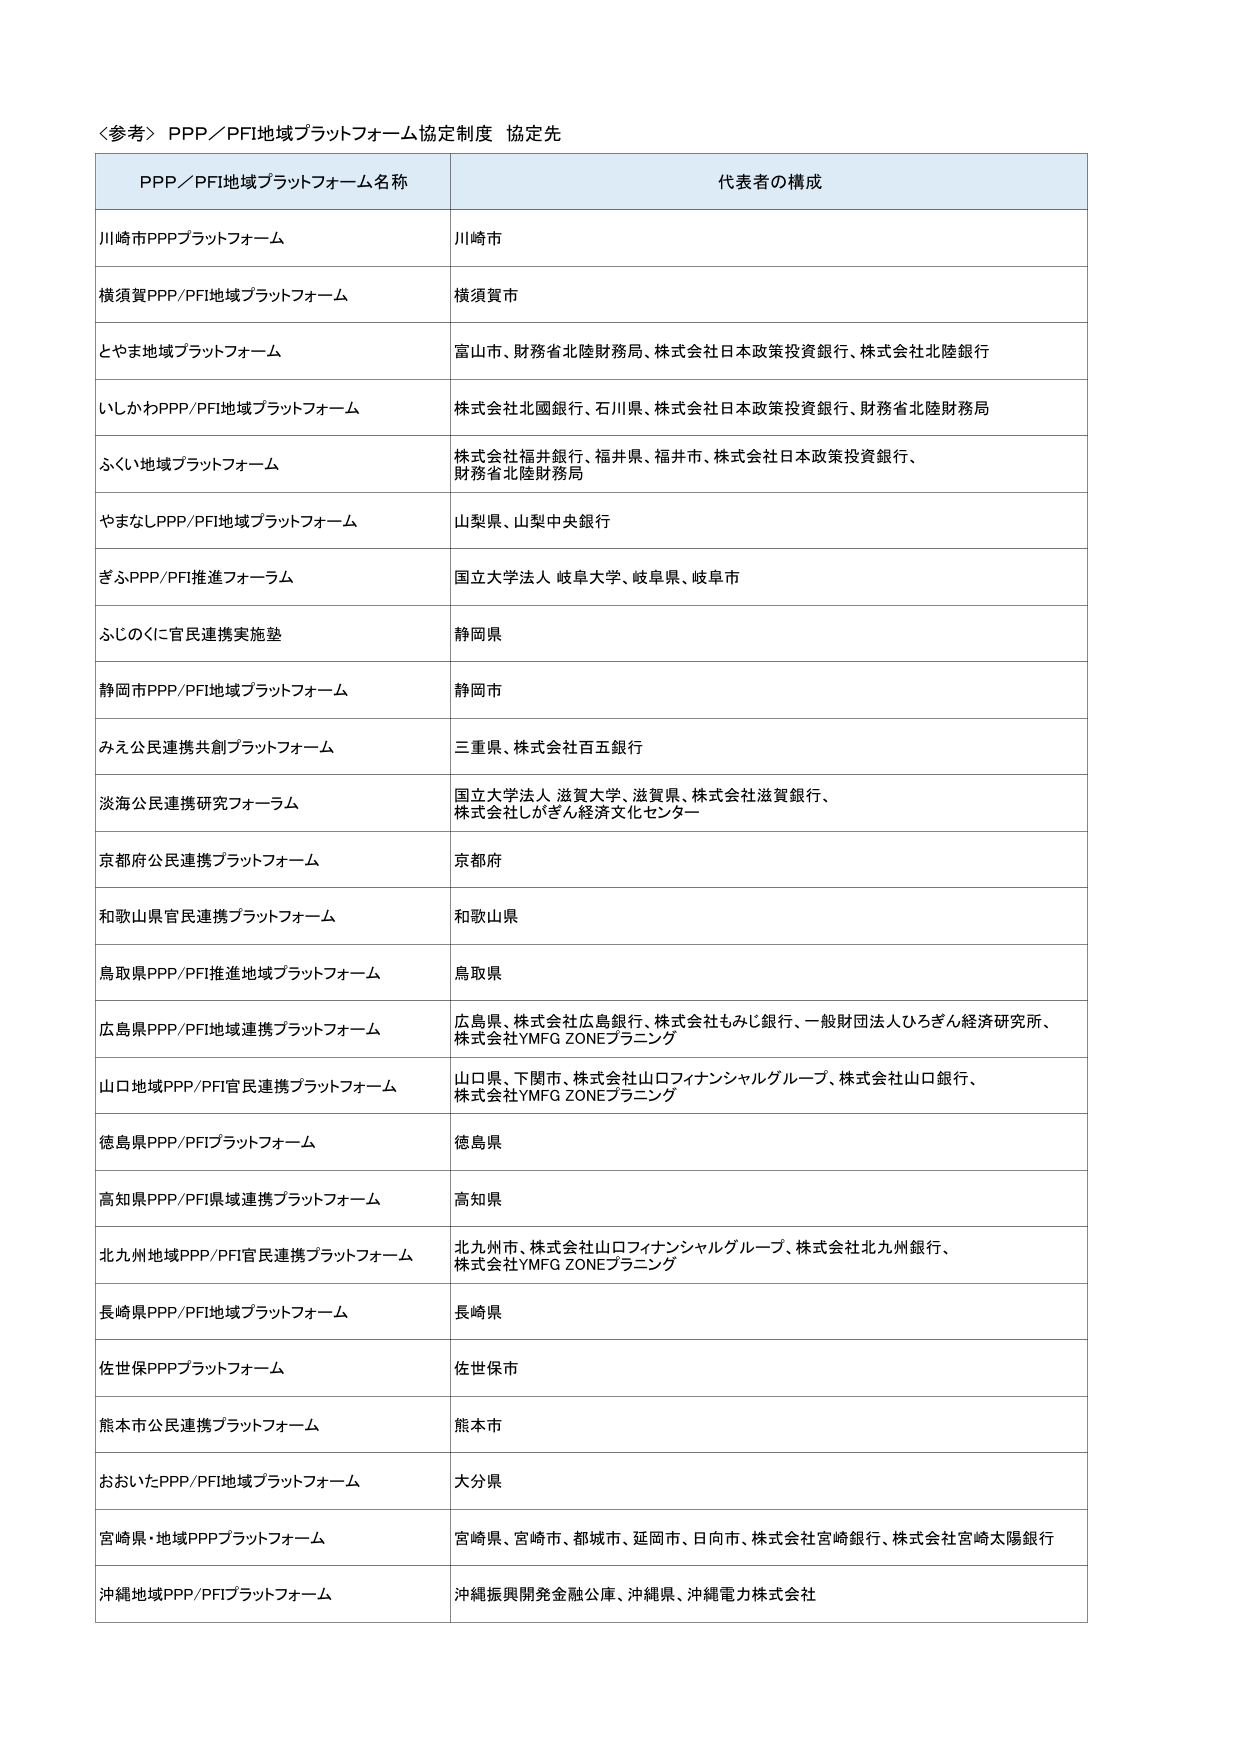
〈参考〉PPP／PFI地域プラットフォーム協定制度 協定先

PPP／PFI地域プラットフォーム名称 代表者の構成

川崎市PPPプラットフォーム 川崎市

横須賀PPP/PFI地域プラットフォーム 横須賀市

とやま地域プラットフォーム 富山市、財務省北陸財務局、株式会社日本政策投資銀行、株式会社北陸銀行

いしかわPPP/PFI地域プラットフォーム 株式会社北國銀行、石川県、株式会社日本政策投資銀行、財務省北陸財務局

ふくい地域プラットフォーム 株式会社福井銀行、福井県、福井市、株式会社日本政策投資銀行、財務省北陸財務局

やまなしPPP/PFI地域プラットフォーム 山梨県、山梨中央銀行

ぎふPPP/PFI推進フォーラム 国立大学法人 岐阜大学、岐阜県、岐阜市

ふじのくに官民連携実施塾 静岡県

静岡市PPP/PFI地域プラットフォーム 静岡市

みえ公民連携共創プラットフォーム 三重県、株式会社百五銀行

淡海公民連携研究フォーラム 国立大学法人 滋賀大学、滋賀県、株式会社滋賀銀行、株式会社しがきん経済文化センター

京都府公民連携プラットフォーム 京都府

和歌山県官民連携プラットフォーム 和歌山県

鳥取県PPP/PFI推進地域プラットフォーム 鳥取県

広島県PPP/PFI地域連携プラットフォーム 広島県、株式会社広島銀行、株式会社もみじ銀行、一般財団法人ひろぎん経済研究所、株式会社YMFG ZONEプランニング

山口地域PPP/PFI官民連携プラットフォーム 山口県、下関市、株式会社山口フィナンシャルグループ、株式会社山口銀行、株式会社YMFG ZONEプランニング

徳島県PPP/PFIプラットフォーム 徳島県

高知県PPP/PFI県域連携プラットフォーム 高知県

北九州地域PPP/PFI官民連携プラットフォーム 北九州市、株式会社山口フィナンシャルグループ、株式会社北九州銀行、株式会社YMFG ZONEプランニング

長崎県PPP/PFI地域プラットフォーム 長崎県

佐世保PPPプラットフォーム 佐世保市

熊本市公民連携プラットフォーム 熊本市

おおいたPPP/PFI地域プラットフォーム 大分県

宮崎県・地域PPPプラットフォーム 宮崎県、宮崎市、都城市、延岡市、日向市、株式会社宮崎銀行、株式会社宮崎太陽銀行

沖縄地域PPP/PFIプラットフォーム 沖縄振興開発金融公庫、沖縄県、沖縄電力株式会社